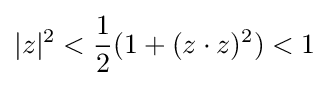
|z|^{2}<{1 \over 2}(1+(z\cdot z)^{2})<1